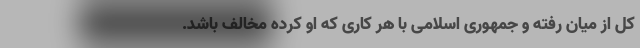
کل از میان رفته و جمهوری اسلامی با هر کاری که او کرده مخالف باشد.